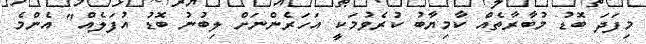
މިފަދަ ބޮޑު މުބާރާތެއް ކާމިޔާބު ކުރެވުމަކީ އަހަރެންނަށް ލިބުނު ބޮޑު އުފަލެއް" އެންމެ